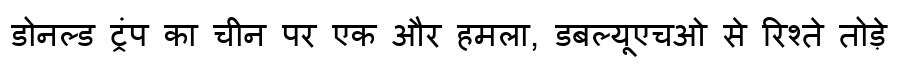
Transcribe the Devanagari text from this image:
डोनल्ड ट्रंप का चीन पर एक और हमला, डबल्यूएचओ से रिश्ते तोड़े